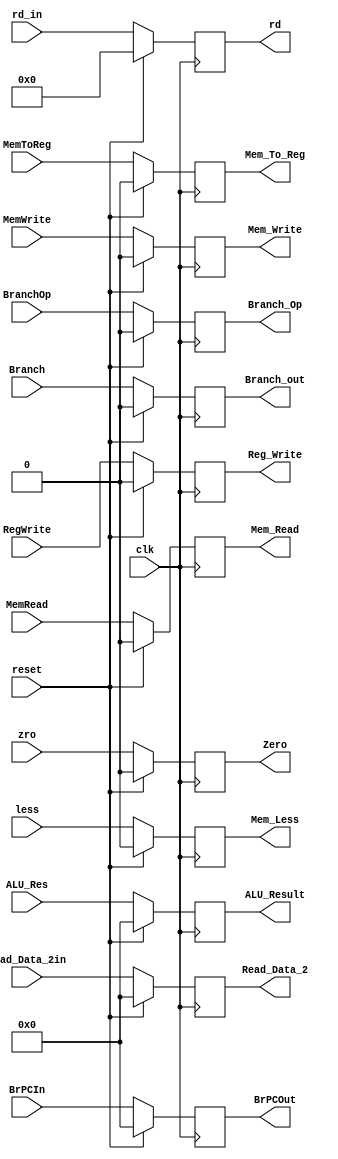
`timescale 1ns / 1ps

module EX_MEM_Reg (
    input wire clk,
    input wire reset, 
    input wire MemRead,
    input wire MemWrite,
    input wire Branch,
    input wire BranchOp,
    input wire MemToReg,
    input wire RegWrite,
    input wire [63:0] BrPCIn,
    input wire [63:0] Read_Data_2in,
    input wire [63:0] ALU_Res,
    input wire zro,
    input wire less,
    input wire [4:0]rd_in,
    output reg [63:0] Read_Data_2,
    output reg [63:0] BrPCOut,
    output reg [63:0] ALU_Result,
    output reg [4:0] rd,
    output reg Zero,
    output reg Mem_Less,
    output reg Mem_Read,
    output reg Mem_Write,
    output reg Branch_out,
    output reg Branch_Op,
    output reg Mem_To_Reg,
    output reg Reg_Write
);  
    initial 
    begin
        Mem_Read = 0;
        Mem_Write = 0;
        Branch_Op = 0;
        Branch_out = 0;
        Mem_To_Reg = 0;
        Reg_Write = 0;
        Read_Data_2 = 0;
        ALU_Result = 0;
        rd = 0;
        BrPCOut = 0;
        Zero = 0;
        Mem_Less = 0;
    end
    
    
    always @(posedge clk) 
    begin
        if (reset)
        begin
            Mem_Read = 0;
            Mem_Write = 0;
            Branch_Op = 0;
            Branch_out = 0;
            Mem_To_Reg = 0;
            Reg_Write = 0;
            Read_Data_2 = 0;
            ALU_Result = 0;
            rd = 0;
            BrPCOut = 0;
            Zero = 0;
            Mem_Less = 0;        
        end
        else
        begin
            Mem_Read = MemRead;
            Mem_Write = MemWrite;
            Branch_Op = BranchOp;
            Branch_out = Branch;
            Mem_To_Reg = MemToReg;
            Reg_Write = RegWrite;
            Read_Data_2 = Read_Data_2in;
            ALU_Result = ALU_Res;
            rd = rd_in;
            BrPCOut = BrPCIn;
            Zero = zro;
            Mem_Less = less;
        end
    end
    
endmodule